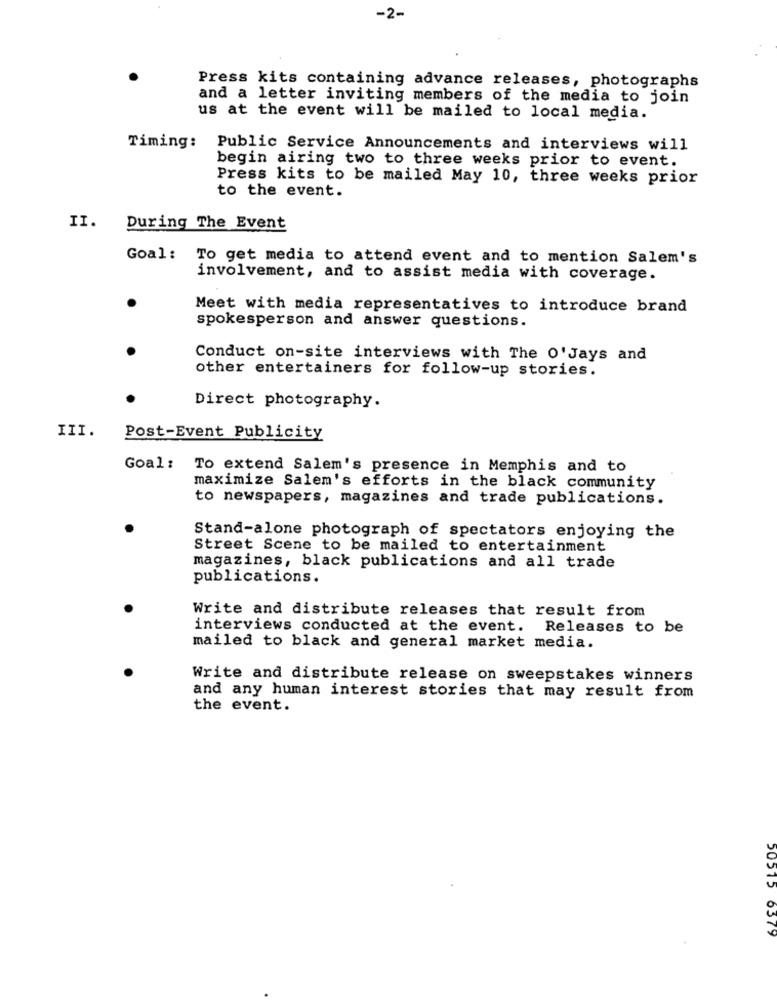
-2-
Press kits containing advance releases, photographs
and a letter inviting members of the media to join
us at the event will be mailed to local media.
Timing:
Public Service Announcements and interviews will
begin airing two to three weeks prior to event.
Press kits to be mailed May 10, three weeks prior
to the event.
II.
During The Event
Goal:
To get media to attend event and to mention Salem's
involvement, and to assist media with coverage.
Meet with media representatives to introduce brand
spokesperson and answer questions.
Conduct on-site interviews with The O'Jays and
other entertainers for follow-up stories.
Direct photography.
III.
Post-Event Publicity
Goal: To extend Salem's presence in Memphis and to
maximize Salem's efforts in the black community
to newspapers, magazines and trade publications.
Stand-alone photograph of spectators enjoying the
Street Scene to be mailed to entertainment
magazines, black publications and all trade
publications.
Write and distribute releases that result from
interviews conducted at the event. Releases to be
mailed to black and general market media.
Write and distribute release on sweepstakes winners
and any human interest stories that may result from
the event.
50515
6379